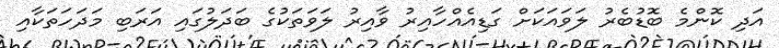
އަދި ކޮންމެ ބޮޑުބެރު ލަވައަކަށް ގަޑިއެއްހާއިރު ވާއިރު ލަވަތަކުގެ ބަދަލުގައި އަރަބި މަދަހަތަކާއި